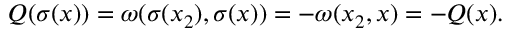
Q ( \sigma ( x ) ) = \omega ( \sigma ( x _ { 2 } ) , \sigma ( x ) ) = - \omega ( x _ { 2 } , x ) = - Q ( x ) .